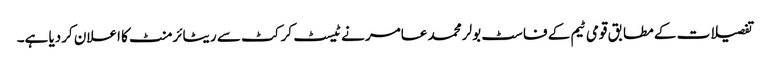
تفصیلات کے مطابق قومی ٹیم کے فاسٹ بولر محمد عامر نے ٹیسٹ کرکٹ سے ریٹائرمنٹ کا اعلان کردیا ہے۔